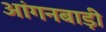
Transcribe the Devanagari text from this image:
आंगनबाड़़ी